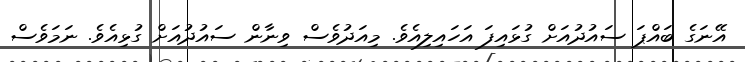
އޭނަގެ ބައްޕަ ސައުދުއަށް ގުޅައިފަ އަހައިލިއެވެ. މިއަދުވެސް ވިނާން ސައުދުއަށް ގުޅިއެވެ. ނަމަވެސް